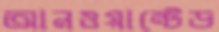
আনওয়ান্টেড